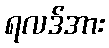
ရလဒ်အား